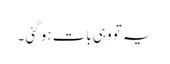
یہ تو وہی بات ہو گئی ۔